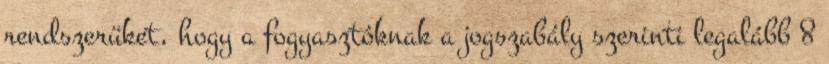
rendszerüket, hogy a fogyasztóknak a jogszabály szerinti legalább 8